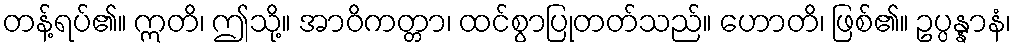
တန့်ရပ်၏။ ဣတိ၊ ဤသို့။ အာဝိကတ္တာ၊ ထင်စွာပြုတတ်သည်။ ဟောတိ၊ ဖြစ်၏။ ဥပ္ပန္နာနံ၊